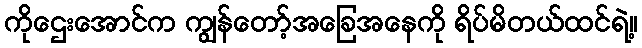
ကိုဌေးအောင်က ကျွန်တော့်အခြေအနေကို ရိပ်မိတယ်ထင်ရဲ့။